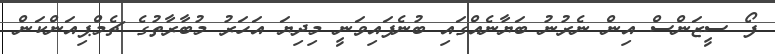
ފޯ ސީޒަންސް އިން ނެރުނު ބަޔާނެއްގައި ބުނެފައިވަނީ މިދިޔަ އަހަރު މުބާރާތުގެ ޗެމްޕިއަންކަން